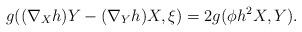
LaTeX: \begin{align*}g((\nabla _{X}h)Y-(\nabla _{Y}h)X,\xi )=2g(\phi h^{2}X,Y). \end{align*}